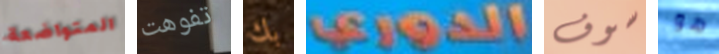
المتواضعة تفوهت بك الدوري سوف هو